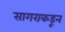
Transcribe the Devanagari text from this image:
सागराकडून